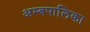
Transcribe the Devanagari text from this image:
अम्बपालिका